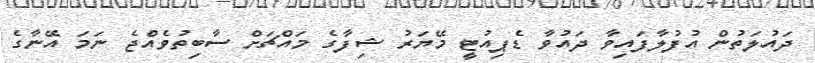
ދައުލަތުން އުފުލާފައިވާ ދައުވާ ޑެޕިއުޓީ މޭޔަރު ޝިފާގެ މައްޗަށް ސާބިތުވެއްޖެ ނަމަ އޭނާގެ